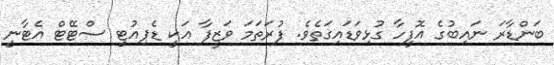
ބަންޑާރަ ނައިބުގެ އޮފީހާ ގުޅިވަޑައިގަތެވެ. ފުރަތަމަ ވަޒީފާ އަކީ ޑެޕިއުޓީ ސްޓޭޓް އެޓާނީ